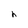
Character: h